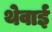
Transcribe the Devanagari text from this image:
थेवाई